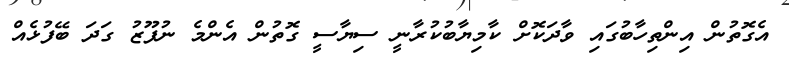
އެގޮތުން އިންތިހާބުގައި ވާދަކޮށް ކާމިޔާބުކުރާނީ ސިޔާސީ ގޮތުން އެންމެ ނުފޫޒު ގަދަ ބޭފުޅެއް